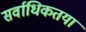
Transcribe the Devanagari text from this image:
सर्वाधिकतया